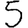
Digit: 5